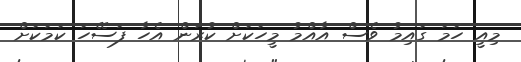
މިއީ ހަމަ ގައިމު ވެސް އާއްމު މީހަކަށް ކުރަން އެހާ ފަސޭހަ ކަމަކަށް